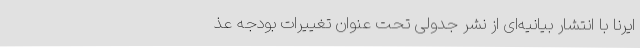
ایرنا با انتشار بیانیه‌ای از نشر جدولی تحت عنوان تغییرات بودجه عذ